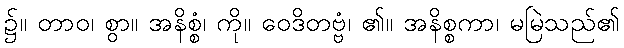
၌။ တာဝ၊ စွာ။ အနိစ္စံ၊ ကို။ ဝေဒိတဗ္ဗံ၊ ၏။ အနိစ္စကာ၊ မမြဲသည်၏